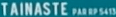
"TAINASTE